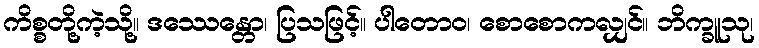
ကိစ္စတို့ကဲ့သို့။ ဒဿေန္တော၊ ပြသဖြင့်။ ပါတောဝ၊ စောစောကလျှင်။ ဘိက္ခူသု၊